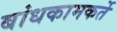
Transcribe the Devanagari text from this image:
बांधकामकर्ते